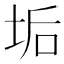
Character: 垢